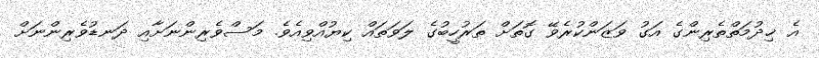
އެ ޚިދުމަތްތެރިންގެ އަގު ވަޒަންކުރެވޭ ގޮތަށް ތަރުހީބުގެ ލަވަތައް ކިޔުއްވިއެވެ. މަސްވެރިންނަށާއި ދަނޑުވެރިންނަށް